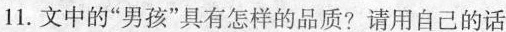
11.文中的”男孩”具有怎样的品质?请用自己的话